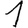
Digit: 1